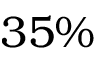
3 5 \%